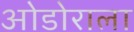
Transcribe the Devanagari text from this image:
ओडोराला